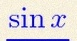
sin x